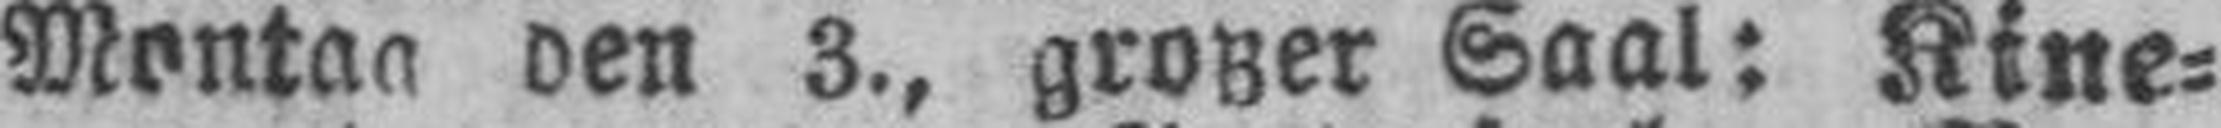
Montag den 3., großer Saal: Kine¬